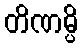
တိဏမ္ပိ